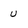
Character: u